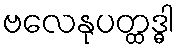
ဗလေနုပတ္ထဒ္ဓါ